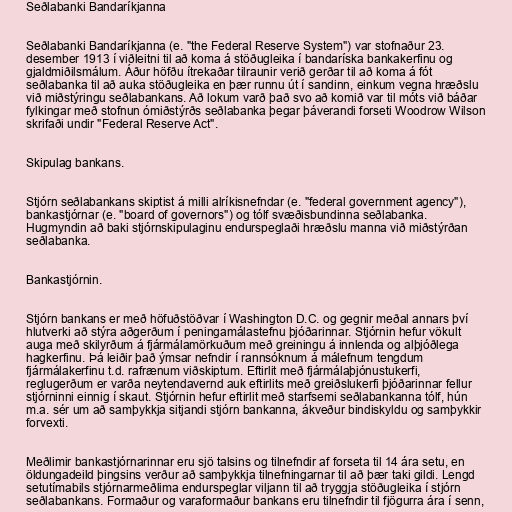
Seðlabanki Bandaríkjanna

Seðlabanki Bandaríkjanna (e. "the Federal Reserve System") var stofnaður 23.
desember 1913 í viðleitni til að koma á stöðugleika í bandaríska bankakerfinu og
gjaldmiðilsmálum. Áður höfðu ítrekaðar tilraunir verið gerðar til að koma á fót
seðlabanka til að auka stöðugleika en þær runnu út í sandinn, einkum vegna hræðslu
við miðstýringu seðlabankans. Að lokum varð það svo að komið var til móts við báðar
fylkingar með stofnun ómiðstýrðs seðlabanka þegar þáverandi forseti Woodrow Wilson
skrifaði undir "Federal Reserve Act".

Skipulag bankans.

Stjórn seðlabankans skiptist á milli alríkisnefndar (e. "federal government agency"),
bankastjórnar (e. "board of governors") og tólf svæðisbundinna seðlabanka.
Hugmyndin að baki stjórnskipulaginu endurspeglaði hræðslu manna við miðstýrðan
seðlabanka.

Bankastjórnin.

Stjórn bankans er með höfuðstöðvar í Washington D.C. og gegnir meðal annars því
hlutverki að stýra aðgerðum í peningamálastefnu þjóðarinnar. Stjórnin hefur vökult
auga með skilyrðum á fjármálamörkuðum með greiningu á innlenda og alþjóðlega
hagkerfinu. Þá leiðir það ýmsar nefndir í rannsóknum á málefnum tengdum
fjármálakerfinu t.d. rafrænum viðskiptum. Eftirlit með fjármálaþjónustukerfi,
reglugerðum er varða neytendavernd auk eftirlits með greiðslukerfi þjóðarinnar fellur
stjórninni einnig í skaut. Stjórnin hefur eftirlit með starfsemi seðlabankanna tólf, hún
m.a. sér um að samþykkja sitjandi stjórn bankanna, ákveður bindiskyldu og samþykkir
forvexti.

Meðlimir bankastjórnarinnar eru sjö talsins og tilnefndir af forseta til 14 ára setu, en
öldungadeild þingsins verður að samþykkja tilnefningarnar til að þær taki gildi. Lengd
setutímabils stjórnarmeðlima endurspeglar viljann til að tryggja stöðugleika í stjórn
seðlabankans. Formaður og varaformaður bankans eru tilnefndir til fjögurra ára í senn,